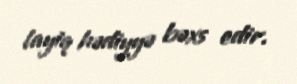
layiq hədiyyə bəxs edir.